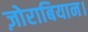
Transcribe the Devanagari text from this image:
ज़ोराबियान।